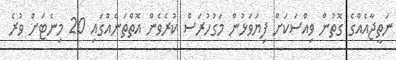
ނަތީޖާއެއްގެ ގޮތުން ވިއްސަކަށް ފިޔަވަޅުން މަގުހުރަސް ކުރެވެން އޮތްތަނެއްގައި 20 މިނެޓަށް ވުރެ